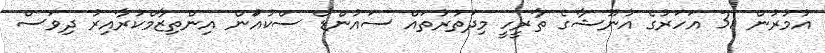
އުމުރުން 31 އަހަރުގެ އުނޫޝާގެ ތާރީހީ މިދަތުރުތައް ސައުންޑް ސްކުއަުން އިންތިޒާމްކުރާއިރު ދިވަސް